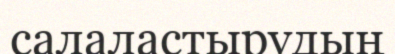
салаластырудың